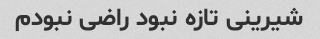
شیرینی تازه نبود راضی نبودم